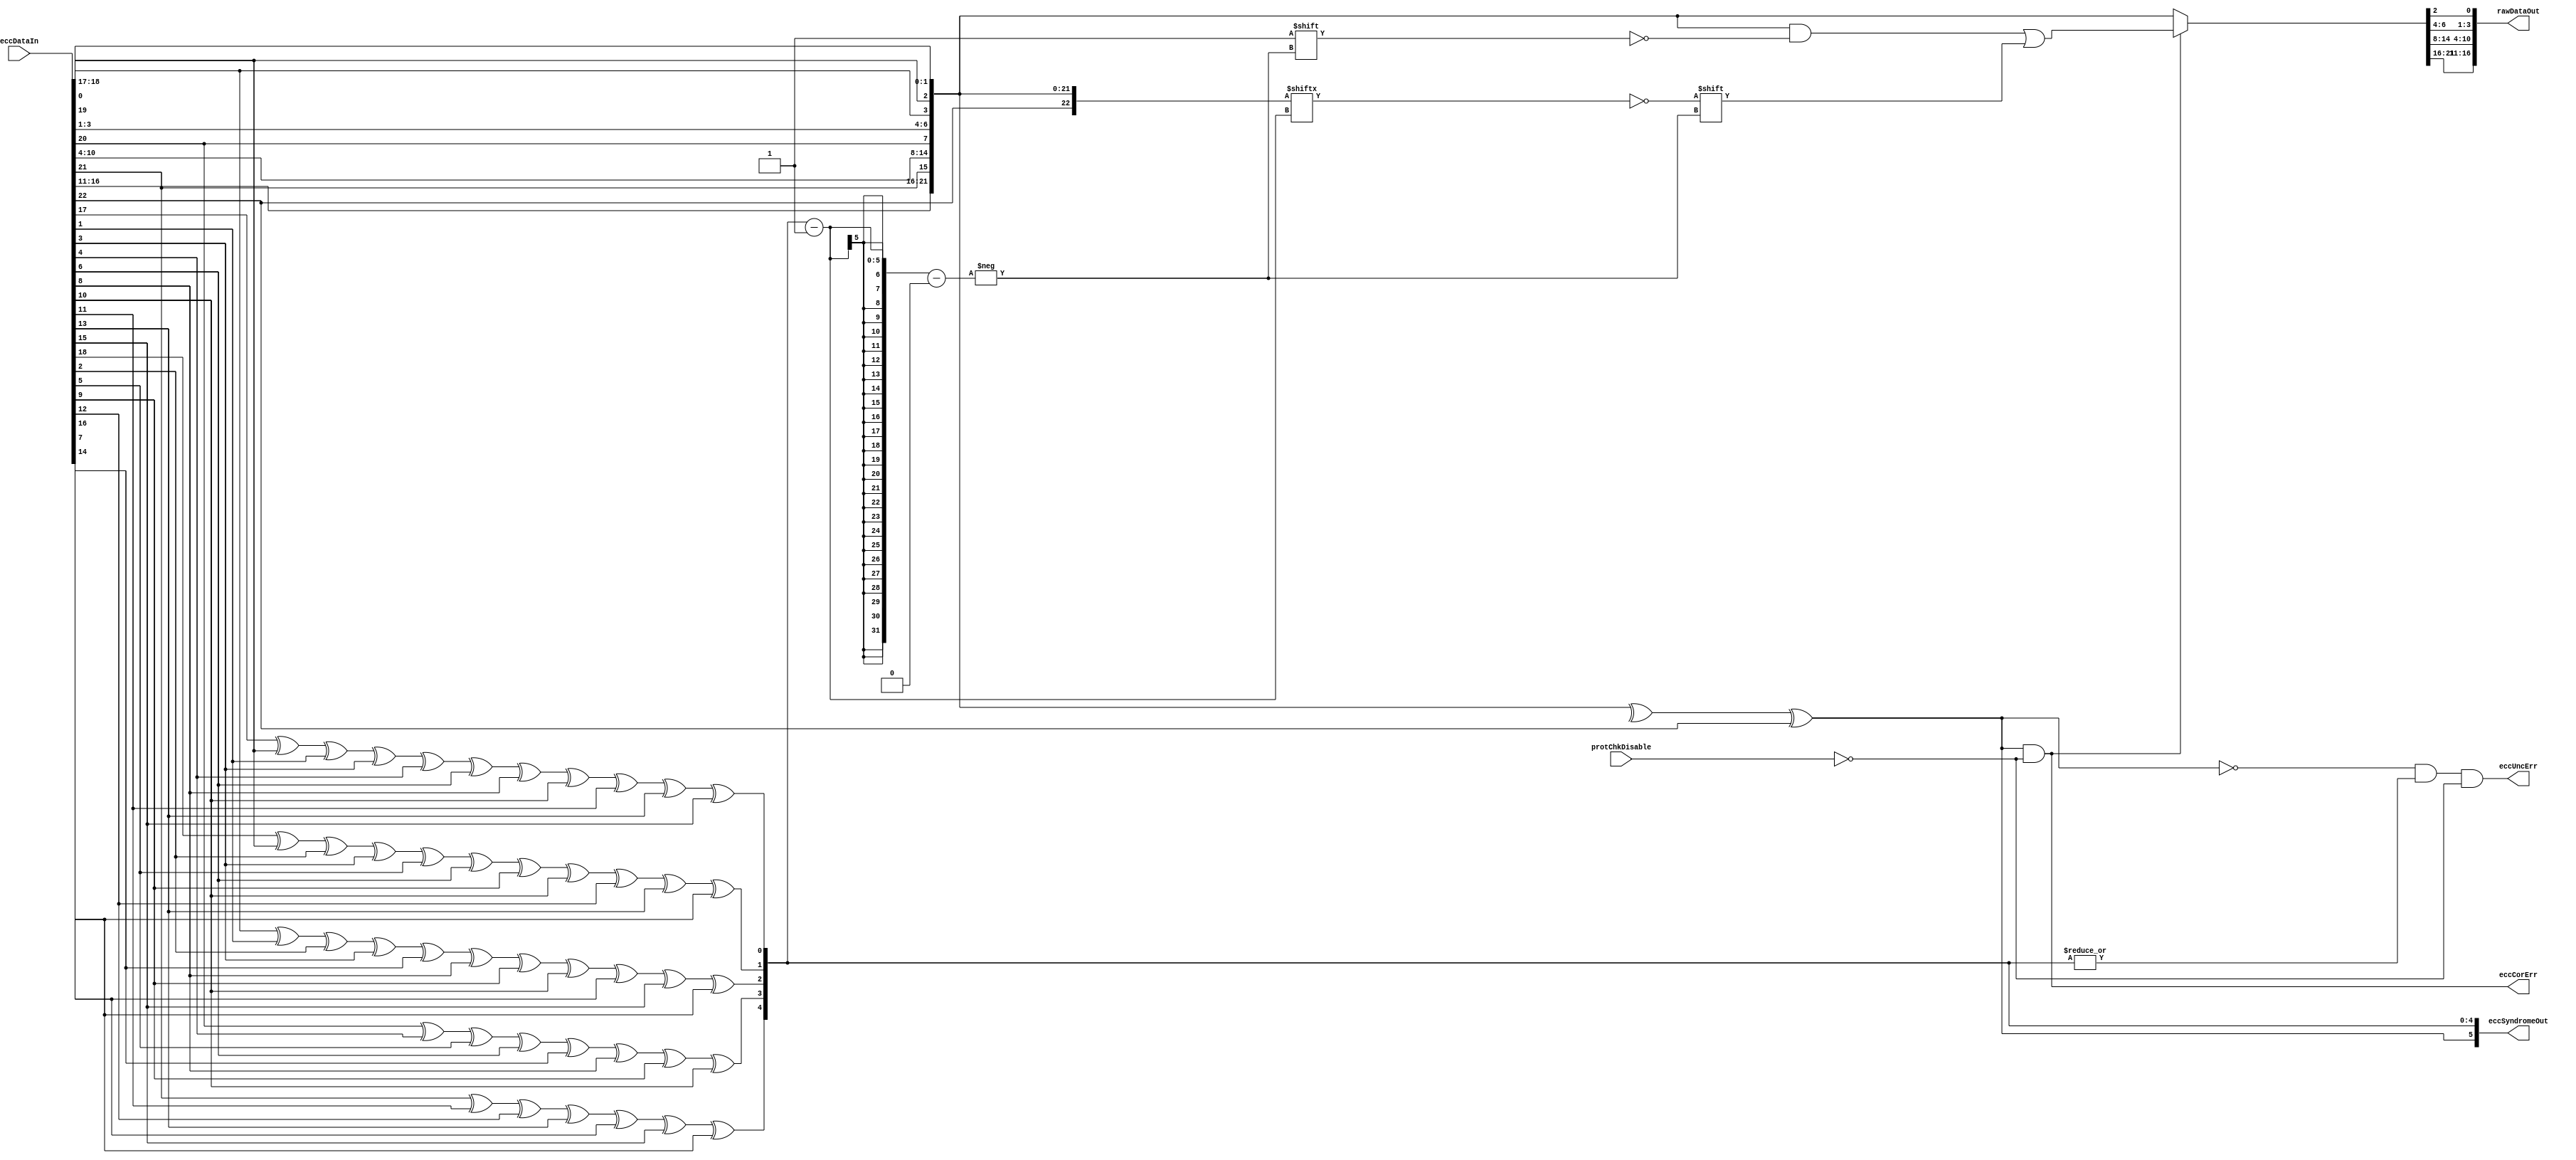
//////////////////////////////////////////////////////////////////////////////
// Copyright (c) 2006, Cisco Systems, Inc.
// All Rights Reserved.
//
// This is UNPUBLISHED PROPRIETARY SOURCE CODE of Cisco Systems, Inc;
// the contents of this file may not be disclosed to third parties, copied or
// duplicated in any form, in whole or in part, without the prior written
// permission of Cisco Systems, Inc.
//
// RESTRICTED RIGHTS LEGEND:
// Use, duplication or disclosure by the Government is subject to restrictions
// as set forth in subdivision (c)(1)(ii) of the Rights in Technical Data
// and Computer Software clause at DFARS 252.227-7013, and/or in similar or
// successor clauses in the FAR, DOD or NASA FAR Supplement. Unpublished -
// rights reserved under the Copyright Laws of the United States.
//
//////////////////////////////////////////////////////////////////////////////
//
// File          : CapEccCkr
// Description   : ECC Checker and Corrector
// $Header: /auto/dsbu-asic-core/dglobal/MASTER/common/rtl/CapEccCkr.v,v 1.1 2013/01/31 03:10:12 abhasin2 Exp $
//
//
//////////////////////////////////////////////////////////////////////////////

`timescale 1ns / 1ns

module CapEccCkr
   #(parameter WIDTH     = 17,
     parameter CODEWIDTH = 6 
     )
   ( 
    input  wire  [WIDTH+CODEWIDTH-1:0]  eccDataIn,
    input  wire                         protChkDisable, 
    output wire  [WIDTH-1:0]            rawDataOut,
    output wire  [CODEWIDTH-1:0]        eccSyndromeOut,
    output wire                         eccCorErr,
    output wire                         eccUncErr
     );
   
`ifdef CAP_ECC_GLOBAL_BYPASS

    assign rawDataOut = eccDataIn[WIDTH-1:0];
    assign eccSyndromeOut = {CODEWIDTH{1'b0}};
    assign eccCorErr = 1'b0;
    assign eccUncErr = 1'b0;

`else

   function integer dataIdx;
      input [31:0] value;
      reg [31:0] v;
      reg [31:0] log2;
      begin
         // dataIdx = value - log2(value+1)
         // get log2(value+1)
         v = value;
         for (log2=0; v>0; log2=log2+1) v = v>>1;
         dataIdx = value - log2;
      end
   endfunction
  
   localparam totalBits = WIDTH+CODEWIDTH;

   integer                c, i, j;
   wire [totalBits-1:0]   hammingData;
   reg  [CODEWIDTH-1:0]   ckrEccSyndrome;
   reg  [totalBits-1:0]   hammingCorData;
   wire [CODEWIDTH-1:0]   eccSyndromeIn;
   wire                   overAllParity;
   wire [WIDTH-1:0]       rawDataOutTemp;
   assign                 eccSyndromeIn = eccDataIn[WIDTH+CODEWIDTH-1:WIDTH];
   
   //Generate Code and Data Interleaved Bits to Create Hamming Word
   generate
      genvar            tangleVar;
      assign hammingData[1:0]         = eccSyndromeIn[1:0];
      assign hammingData[totalBits-1] = eccSyndromeIn[CODEWIDTH-1];
      for (tangleVar=2; tangleVar < (totalBits-1); tangleVar=tangleVar+1) begin : inteleaveECC
         case (tangleVar)
            32'h0000_0003 : assign hammingData[tangleVar] = eccSyndromeIn[2];
            32'h0000_0007 : assign hammingData[tangleVar] = eccSyndromeIn[3];
            32'h0000_000f : assign hammingData[tangleVar] = eccSyndromeIn[4];
            32'h0000_001f : assign hammingData[tangleVar] = eccSyndromeIn[5];
            32'h0000_003f : assign hammingData[tangleVar] = eccSyndromeIn[6];
            32'h0000_007f : assign hammingData[tangleVar] = eccSyndromeIn[7];
            32'h0000_00ff : assign hammingData[tangleVar] = eccSyndromeIn[8];
            32'h0000_01ff : assign hammingData[tangleVar] = eccSyndromeIn[9];
            32'h0000_03ff : assign hammingData[tangleVar] = eccSyndromeIn[10];
            32'h0000_07ff : assign hammingData[tangleVar] = eccSyndromeIn[11];
            32'h0000_0fff : assign hammingData[tangleVar] = eccSyndromeIn[12];
            32'h0000_1fff : assign hammingData[tangleVar] = eccSyndromeIn[13];
            32'h0000_3fff : assign hammingData[tangleVar] = eccSyndromeIn[14];
            32'h0000_7fff : assign hammingData[tangleVar] = eccSyndromeIn[15];
            32'h0000_ffff : assign hammingData[tangleVar] = eccSyndromeIn[16];
            32'h0001_ffff : assign hammingData[tangleVar] = eccSyndromeIn[17];
            32'h0003_ffff : assign hammingData[tangleVar] = eccSyndromeIn[18];
            32'h0007_ffff : assign hammingData[tangleVar] = eccSyndromeIn[19];
            32'h000f_ffff : assign hammingData[tangleVar] = eccSyndromeIn[20];
            32'h001f_ffff : assign hammingData[tangleVar] = eccSyndromeIn[21];
            32'h003f_ffff : assign hammingData[tangleVar] = eccSyndromeIn[22];
            32'h007f_ffff : assign hammingData[tangleVar] = eccSyndromeIn[23];
            32'h00ff_ffff : assign hammingData[tangleVar] = eccSyndromeIn[24];
            32'h01ff_ffff : assign hammingData[tangleVar] = eccSyndromeIn[25];
            32'h03ff_ffff : assign hammingData[tangleVar] = eccSyndromeIn[26];
            32'h07ff_ffff : assign hammingData[tangleVar] = eccSyndromeIn[27];
            32'h0fff_ffff : assign hammingData[tangleVar] = eccSyndromeIn[28];
            32'h1fff_ffff : assign hammingData[tangleVar] = eccSyndromeIn[29];
            32'h3fff_ffff : assign hammingData[tangleVar] = eccSyndromeIn[30];
            32'h7fff_ffff : assign hammingData[tangleVar] = eccSyndromeIn[31];
            default       : assign hammingData[tangleVar] = eccDataIn[dataIdx(tangleVar)];
         endcase // case (sweepvar)
      end
   endgenerate
       
   assign overAllParity = ^(hammingData[totalBits-2:0]);
   
   always @ (*)
   begin
      ckrEccSyndrome[CODEWIDTH-1] = overAllParity ^ hammingData[totalBits-1];
      ckrEccSyndrome[CODEWIDTH-2:0] = {(CODEWIDTH-1) {1'b0}};
      for (c=0; c < (CODEWIDTH-1); c=c+1) begin
         if (c==0) begin
            for (i=0; i<totalBits-1; i=i+2) begin
               ckrEccSyndrome[c]    = ckrEccSyndrome[c] ^  hammingData[i];
            end
         end else begin
            for (i=(1'b1<<c)-1; i<totalBits-1; i=i+(1'b1<<(c+1))) begin
               for (j=0; (j<(1'b1<<c)) && ((i+j) < (totalBits-1)); j=j+1) begin
                  ckrEccSyndrome[c] = ckrEccSyndrome[c] ^  hammingData[i+j];
               end
            end
         end // else: !if(c==0)
      end 
   end // always @ (*)

   assign eccCorErr     = ckrEccSyndrome[CODEWIDTH-1] & ~protChkDisable;
   assign eccUncErr     = ~ckrEccSyndrome[CODEWIDTH-1] & (|ckrEccSyndrome[CODEWIDTH-2:0]) &
                          ~protChkDisable;
   

  always @ (*) begin
     hammingCorData = hammingData;
     if (eccCorErr)
        hammingCorData[ckrEccSyndrome[CODEWIDTH-2:0]-1] =
           !hammingData[ckrEccSyndrome[CODEWIDTH-2:0]-1];
  end
  
   //Pick Data bits off of the Hamming word
   generate
      assign rawDataOutTemp[0] = hammingCorData[2];

      if (totalBits >= 6) begin
         if (totalBits <= 8)
            assign rawDataOutTemp[totalBits-5:1] = hammingCorData[totalBits-2:4];
         else
            assign rawDataOutTemp[3:1] = hammingCorData[6:4];
      end

      if (totalBits >= 10) begin
         if (totalBits <= 16)
            assign rawDataOutTemp[totalBits-6:4] = hammingCorData[totalBits-2:8];
         else
            assign rawDataOutTemp[10:4] = hammingCorData[14:8];
      end

      if (totalBits >= 18) begin
         if (totalBits <= 32)
            assign rawDataOutTemp[totalBits-7:11] = hammingCorData[totalBits-2:16];
         else
            assign rawDataOutTemp[25:11] = hammingCorData[30:16];
      end

      if (totalBits >= 34) begin
         if (totalBits <= 64)
            assign rawDataOutTemp[totalBits-8:26] = hammingCorData[totalBits-2:32];
         else
            assign rawDataOutTemp[56:26] = hammingCorData[62:32];
      end

      if (totalBits >= 66) begin
         if (totalBits <= 128)
            assign rawDataOutTemp[totalBits-9:57] = hammingCorData[totalBits-2:64];
         else
            assign rawDataOutTemp[119:57] = hammingCorData[126:64];
      end

      if (totalBits >= 130) begin
         if (totalBits <= 256)
            assign rawDataOutTemp[totalBits-10:120] = hammingCorData[totalBits-2:128];
         else
            assign rawDataOutTemp[246:120] = hammingCorData[254:128];
      end

      if (totalBits >= 258) begin
         if (totalBits <= 512)
            assign rawDataOutTemp[totalBits-11:247] = hammingCorData[totalBits-2:256];
         else
            assign rawDataOutTemp[501:247] = hammingCorData[510:256];
      end

      if (totalBits >= 514) begin
         if (totalBits <= 1024)
            assign rawDataOutTemp[totalBits-12:502] = hammingCorData[totalBits-2:512];
         else
            assign rawDataOutTemp[1012:502] = hammingCorData[1022:512];
      end

      if (totalBits >= 1026) begin
         if (totalBits <= 2048)
            assign rawDataOutTemp[totalBits-13:1013] = hammingCorData[totalBits-2:1024];
         else
            assign rawDataOutTemp[2035:1013] = hammingCorData[2046:1024];
      end

      // stop here because max memory is 2048 bits wide, and this already goes past
      if (totalBits >= 2050) begin
         if (totalBits <= 4096)
            assign rawDataOutTemp[totalBits-14:2036] = hammingCorData[totalBits-2:2048];
         else
            assign rawDataOutTemp[4082:2036] = hammingCorData[4094:2048];
      end
   endgenerate

   assign rawDataOut     = rawDataOutTemp;
   assign eccSyndromeOut = ckrEccSyndrome;
   
`endif

endmodule // CapEccGen


//
//$Log: CapEccCkr.v,v $
//Revision 1.1  2013/01/31 03:10:12  abhasin2
//Adding files to dglobal used for memory instantiation in cray
//
//Revision 4.4  2012/10/11 07:49:01  mrunal
//   copied over files from DopplerCSR branch to DopplerD, resolved compile error due to st_cmos32lp define usage, merged dopplerd and dopplercsr's memories.wrap.xml, except Cosim Test commit_regress passed fully
//
//Revision 4.3  2012/04/17 01:36:04  gregries
//* brough over changes from dopplerd to work around dclint bug that gave
//  an error message for non-constant function where function was constant
//
//Revision 4.2  2012/04/12 19:09:30  gregries
//* brought over changes from DopplerD to remove LINT-[FIAAS] messages
//
//Revision 4.1  2012/03/13 22:25:42  rvish
//initial checkin for dopplerd with name changes. 4 tests fail in commit_regress - JtagDeviceIdJtagChipVTest, commitRtsCsmTestArray, PuzzleCoreEmulFlistTest and PlcResolutionBasicPlcTest
//
//Revision 4.0  2012/03/11 07:02:42  glambida
//Incrementing revision to 4.0
//
//Revision 3.1  2011/01/13 21:00:48  abbanerj
//global replace of doppler with dopplerd
//
//Revision 3.0  2011/01/13 19:53:21  abbanerj
//initial checkin for dopplerdcs.  start from version 3.0
//
//Revision 1.11  2009/09/29 02:28:50  gregries
//* removed ckrEccSyndrome[CODEWIDTH-1] from correction indexing since that
//  shouldn't be used to select the value.  It was OK to include it in past
//  versions since it used to be always 0.  Once it was changed to have the
//  proper syndrome value, however, it was no longer harmless to include it
//  in the indexing operation.
//
//Revision 1.10  2009/06/12 02:12:16  gregries
//* eccSyndromeOut changed; now (storedEcc ^ recalculatedEcc)
//  before: it was the stored ecc bits
//
//Revision 1.9  2009/04/23 20:36:31  gregries
//* extend protChkDisable use to include eccUncErr
//
//Revision 1.8  2009/03/05 17:38:54  olicht
//IZ#2948: cosim performance :add hooks to eliminate parity,ecc,elam inside cap wrappers
//
//Revision 1.7  2008/06/06 16:30:24  sanam
//Made the missing connection for Overall Parity Bit
//
//Revision 1.6  2008/06/05 13:58:57  sanam
//Spygalss issue Work around
//
//Revision 1.5  2008/05/09 20:11:47  sanam
//Changed Syntax for indexing
//
//Revision 1.4  2008/05/08 03:59:37  sanam
//Added Protection Check Disable
//
//Revision 1.3  2008/04/17 20:27:27  sanam
//Fixed interleaving index issues
//
//Revision 1.2  2008/04/14 21:01:14  sanam
//Corrected Indexing for the last ECC code bit with partial XOR cloud
//
//Revision 1.1  2008/03/25 04:53:52  sanam
//Initial Check in For CAP Wrappers
//
//